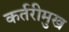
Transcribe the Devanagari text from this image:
कर्तरीमुख